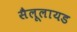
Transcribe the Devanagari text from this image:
सैलूलायड